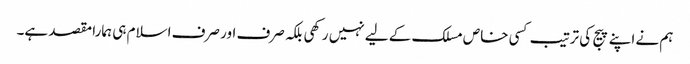
ہم نے اپنے پیج کی ترتیب کسی خاص مسلک کے لیے نہیں رکھی بلکہ صرف اور صرف اسلام ہی ہمارا مقصد ہے۔